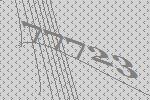
77723